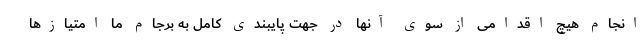
انجام هیچ اقدامی از سوی آنها در جهت پایبندی کامل به برجام ما امتیازها